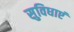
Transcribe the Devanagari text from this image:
सुविधाएं